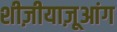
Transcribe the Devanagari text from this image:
शीज़ीयाज़ूआंग